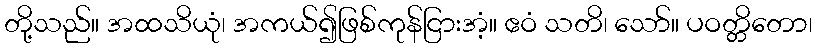
တို့သည်။ အထသိယုံ၊ အကယ်၍ဖြစ်ကုန်ငြားအံ့။ ဧဝံ သတိ၊ သော်။ ပဝတ္တိတော၊